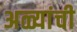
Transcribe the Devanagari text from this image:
अळ्यांची